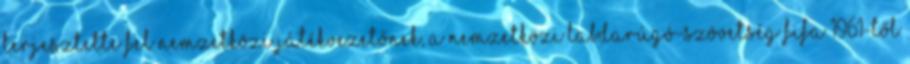
terjesztette fel nemzetközi játékvezetőnek, a Nemzetközi Labdarúgó-szövetség FIFA 1961-től